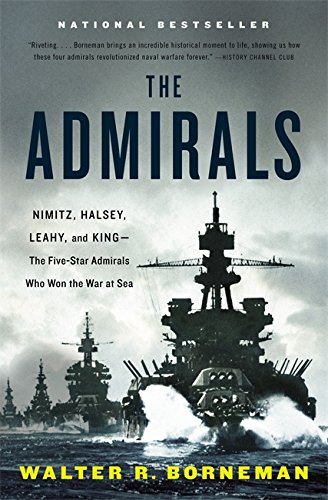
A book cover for The Admirals: Nimitz, Halsey, Leahy, and King--The Five-Star Admirals Who Won the War at Sea; Walter R. Borneman; History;